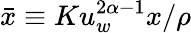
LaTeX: \bar{x}\equiv Ku_{w}^{2\alpha-1}x/\rho